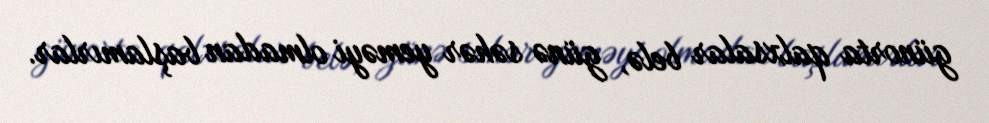
günorta qalxsalar belə, günə səhər yeməyi olmadan başlamırlar.